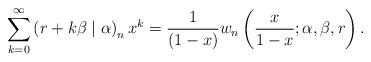
LaTeX: \begin{align*}\sum_{k=0}^{\infty}\left( r+k\beta\mid\alpha\right) _{n}x^{k}=\frac{1}{\left( 1-x\right) }w_{n}\left( \frac{x}{1-x};\alpha,\beta,r\right) .\end{align*}